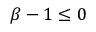
\beta - 1 \leq 0